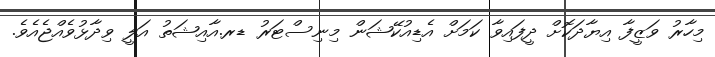
މިހާރު ވަޒީފާ އިޔާދަކޮށް ދީފައިވާ ކަމަށް އެޑިއުކޭޝަން މިނިސްޓަރު ޑރ.އާއިޝަތު އަލީ ވިދާޅުވެއްޖެއެވެ.